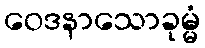
ဝေဒနာသောခုမ္မံ